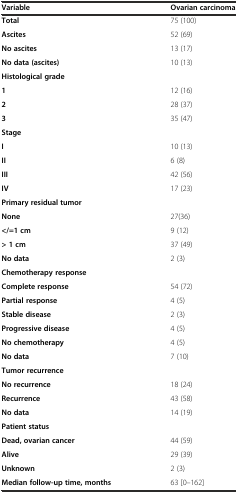
| Variable | Ovarian carcinoma |
 | --- | --- |
 | Total | 75 (100) |
 | Ascites | 52 (69) |
 | No ascites | 13 (17) |
 | No data (ascites) | 10 (13) |
 | Histological grade |  |
 | 1 | 12 (16) |
 | 2 | 28 (37) |
 | 3 | 35 (47) |
 | Stage |  |
 | I | 10 (13) |
 | II | 6 (8) |
 | III | 42 (56) |
 | IV | 17 (23) |
 | Primary residual tumor |  |
 | None | 27(36) |
 | </=1 cm | 9 (12) |
 | > 1 cm | 37 (49) |
 | No data | 2 (3) |
 | Chemotherapy response |  |
 | Complete response | 54 (72) |
 | Partial response | 4 (5) |
 | Stable disease | 2 (3) |
 | Progressive disease | 4 (5) |
 | No chemotherapy | 4 (5) |
 | No data | 7 (10) |
 | Tumor recurrence |  |
 | No recurrence | 18 (24) |
 | Recurrence | 43 (58) |
 | No data | 14 (19) |
 | Patient status |  |
 | Dead, ovarian cancer | 44 (59) |
 | Alive | 29 (39) |
 | Unknown | 2 (3) |
 | Median follow-up time, months | 63 [0–162] |